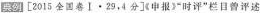
典例[2015全国卷Ⅰ·29，4分]《申报》时评”栏目曾评述